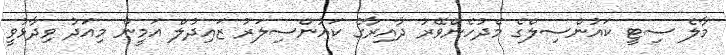
މާލެ ސިޓީ ކައުންސިލްގެ މެދުހެންވޭރު ދާއިރާގެ ކައުންސިލަރު ޒައިދުލް އަމީން މިއަދު ވިދާޅުވީ